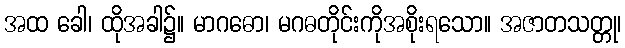
အထ ခေါ၊ ထိုအခါ၌။ မာဂဓော၊ မဂဓတိုင်းကိုအစိုးရသော။ အဇာတသတ္တု၊